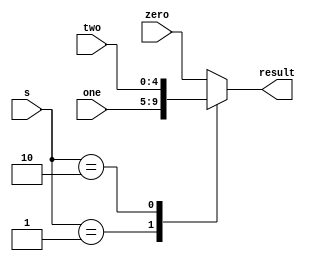
module muxA (output reg [4:0] result, input [1:0] s, input [4:0] zero, one, two);

  always @*
  case (s)
    2'b00: result = zero;
    2'b01: result =  one;
    2'b10: result = two;
    
    default: result = zero;
  endcase
endmodule

module mux4 (output reg [4:0] result, input s, input [4:0] zero, one);

  always @*
    if (s == 0) begin
      result = zero;
    end else begin
      result = one;
    end
endmodule

module mux6 (output reg [5:0] result, input s, input [5:0] zero, one);

  always @*
    if (s == 0) begin
      result = zero;
    end else begin
      result = one;
    end
endmodule

module mux32 (output reg [31:0] result, input s, input [31:0] zero, one);
  always @* 
  begin
    if (s == 1'b0) 
      begin
        result = zero;
      end
    else 
      begin
        result = one;
      end
  end
endmodule

module mux4inputs (output reg [31:0] result, input [1:0] s, input [31:0] zero, one, two, three);
  always @* 
  begin
  case (s)
    2'b00: result = zero;
    2'b01: result =  one;
    2'b10: result = two;
    2'b11: result = three;
    default: result = zero;
  endcase
  end
endmodule